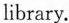
library.